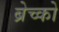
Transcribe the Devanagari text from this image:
ब्रेच्को